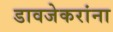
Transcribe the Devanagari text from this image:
डावजेकरांना